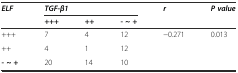
<table><thead><tr><td rowspan="2"><b><i>ELF</i></b></td><td colspan="3"><b><i>TGF-β1</i></b></td><td><b><i>r</i></b></td><td><b><i>P value</i></b></td></tr><tr><td><b>+++</b></td><td><b>++</b></td><td><b>- ~ +</b></td><td></td><td></td></tr></thead><tbody><tr><td>+++</td><td>7</td><td>4</td><td>12</td><td rowspan="3">−0.271</td><td rowspan="3">0.013</td></tr><tr><td>++</td><td>4</td><td>1</td><td>12</td></tr><tr><td><b>- ~ +</b></td><td>20</td><td>14</td><td>10</td></tr></tbody></table>